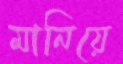
মানিয়ে